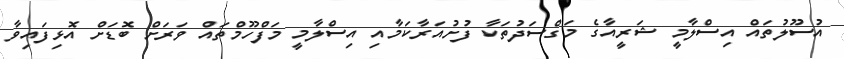
އުސޫލުތައް އިސްލާމީ ޝަރީއާގެ މަގްސަދުތަކާ ފުށުއަރާކަމާއި އިސްލާމީ މަފްހޫމްތައް ވަރަށް ބޮޑަށް އޮޅިފައިވާ